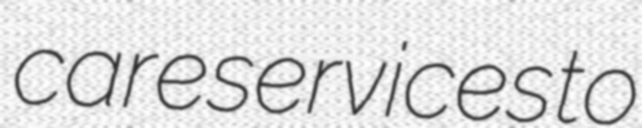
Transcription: care services to